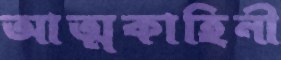
আত্মকাহিনী